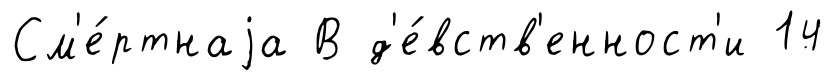
См'е́ртнаjа В д'е́вств'енност'и 14